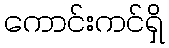
ကောင်းကင်ရှိ